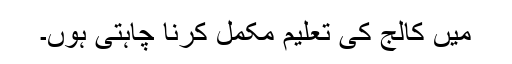
میں کالج کی تعلیم مکمل کرنا چاہتی ہوں۔